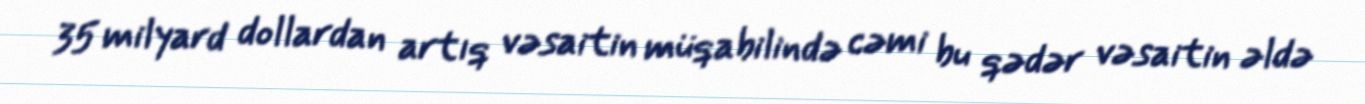
35 milyard dollardan artıq vəsaitin müqabilində cəmi bu qədər vəsaitin əldə